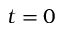
t = 0